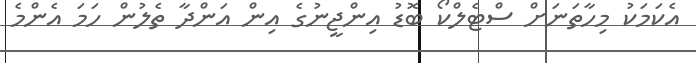
އެކަމަކު މިހާތަނަށް ސްޓެލްކޯ ބޮޑު އިންޖީނުގެ އިން އަންދާ ތެލުން ހަމަ އެންމެ